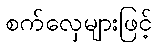
စက်လှေများဖြင့်